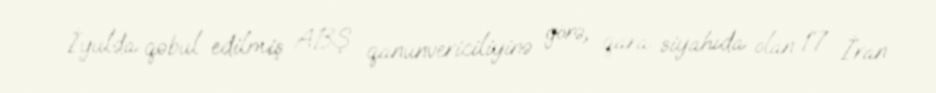
İyulda qəbul edilmiş ABŞ qanunvericiliyinə görə, qara siyahıda olan 17 İran